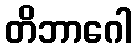
တိဘာဂေါ